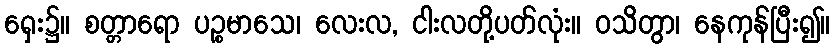
ရှေး၌။ စတ္တာရော ပဉ္စမာသေ၊ လေးလ, ငါးလတို့ပတ်လုံး။ ဝသိတွာ၊ နေကုန်ပြီး၍။